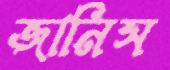
জানিস